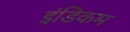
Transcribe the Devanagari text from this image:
इंडिकम